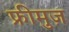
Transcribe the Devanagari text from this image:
फ्रीमुज़